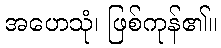
အဟေသုံ၊ ဖြစ်ကုန်၏။